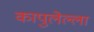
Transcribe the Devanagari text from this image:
कापुलेल्ला